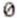
0